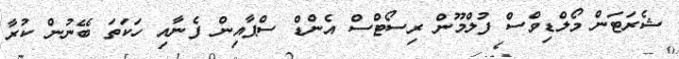
ޝެރަޓަން މޯލްޑިވްސް ފުލްމޫން ރިސޯޓްސް އެންޑް ސްޕާއިން ފެނާއި ހަކަތަ ބޭނުން ކުރާ